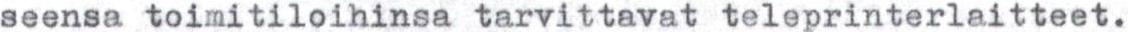
seensa toimitiloihinsa tarvittavat teleprinterlaitteet.